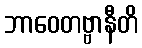
ဘာဝေတဗ္ဗာနီတိ